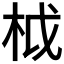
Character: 𣐋